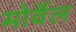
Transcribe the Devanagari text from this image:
मोर्वेल